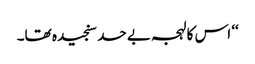
‘‘ اس کا لہجہ بے حد سنجیدہ تھا۔